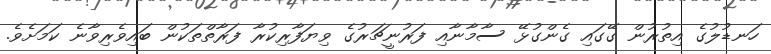
ހަނޑުލުގެ އިތުރުން ގޭގައި ގެންގުޅޭ ސާމާނާއި ފަރުނީޗަރުގެ ވިޔަފާރިކުރާ ފަރާތްތަކުން ބައިވެރިވާނެ ކަމަށެވެ.